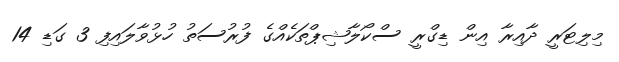
މިލިޓަރީ ދާއިރާ އިން ޑިގްރީ ސްކޯލާޝިޕްތަކެއްގެ ފުރުސަތު ހުޅުވާލައިފި 3 ގަޑި 14